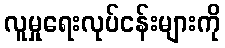
လူမှုရေးလုပ်ငန်းများကို